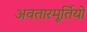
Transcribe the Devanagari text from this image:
अवतारमूर्तियों